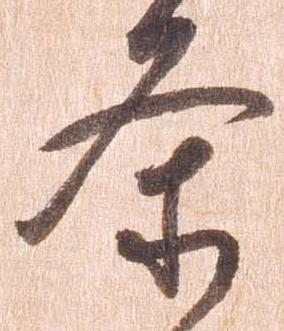
条